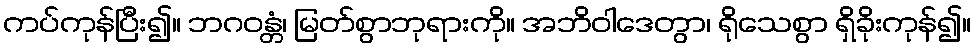
ကပ်ကုန်ပြီး၍။ ဘဂဝန္တံ၊ မြတ်စွာဘုရားကို။ အဘိဝါဒေတွာ၊ ရိုသေစွာ ရှိခိုးကုန်၍။